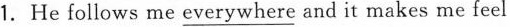
1.He follows me \underline{everywhere} and it makes me feel